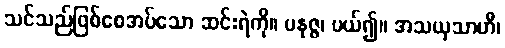
သင်သည်ဖြစ်စေအပ်သော ဆင်းရဲကို။ ပနုဇ္ဇ၊ ပယ်၍။ အသယှသာဟီ၊